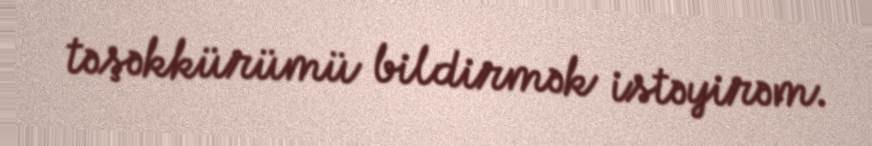
təşəkkürümü bildirmək istəyirəm.